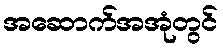
အဆောက်အအုံတွင်